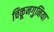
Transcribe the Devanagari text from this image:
चिकूनगुनिया